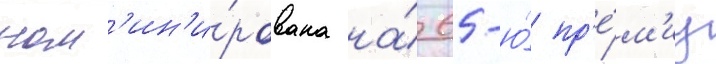
ном'ин'и́рована на́ 65-ю́ пр'е́м'иу